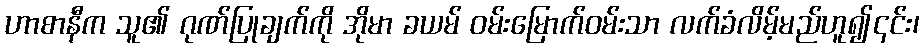
ဟာစာနီက သူ၏ ဂုဏ်ပြုချက်ကို အိုမာ ခယမ် ဝမ်းမြောက်ဝမ်းသာ လက်ခံလိမ့်မည်ဟူ၍၎င်း၊